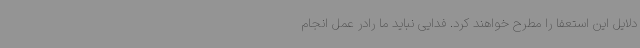
دلایل این استعفا را مطرح خواهند کرد. فدایی نباید ما رادر عمل انجام